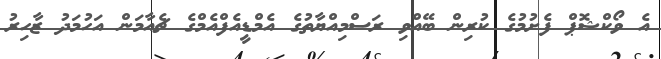
އެ ވޯކްޝޮޕް ފެށުމުގެ ކުރިން ބޭއްވި ރަސްމިއްޔާތުގެ އެމްޑީއެފްއެމްގެ ޗެއާމަން އަހުމަދު ޒާހިރު